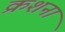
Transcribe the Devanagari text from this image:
क्रशना